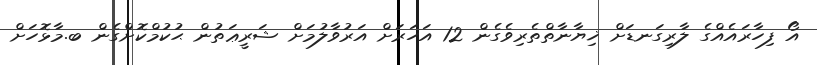
އޯ ފިހާރައެއްގެ ލާރިގަނޑަށް ޚިޔާނާތްތެރިވެގެން 12 އަހަރަށް އަރުވާލުމަށް ޝަރީޢަތުން ޙުކުމްކޮށްގެން ބ.މާޅޮހަށް